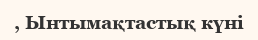
, Ынтымақтастық күні